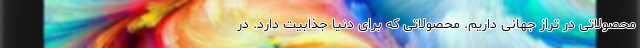
محصولاتی در تراز جهانی داریم. محصولاتی که برای دنیا جذابیت دارد. در